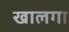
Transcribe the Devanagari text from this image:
खालगा